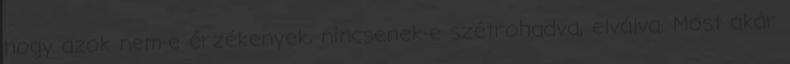
hogy azok nem-e érzékenyek, nincsenek-e szétrohadva, elválva. Most akár